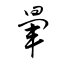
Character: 暈